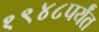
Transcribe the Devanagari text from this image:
१९४८पर्यंत